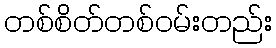
တစ်စိတ်တစ်ဝမ်းတည်း